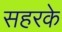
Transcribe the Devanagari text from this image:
सहरके